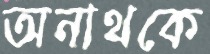
অনাথকে